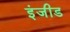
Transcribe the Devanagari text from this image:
इंजीड